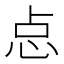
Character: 㤐